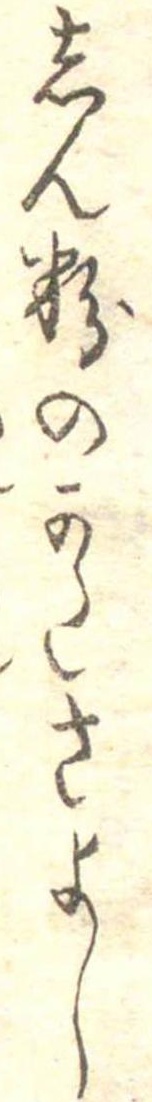
しん粉のかたさよし